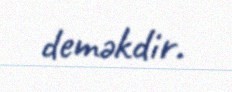
deməkdir.